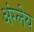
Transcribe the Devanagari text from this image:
अंग्लेय